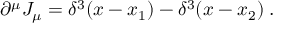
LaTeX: \partial ^ { \mu } J _ { \mu } = \delta ^ { 3 } ( x - x _ { 1 } ) - \delta ^ { 3 } ( x - x _ { 2 } ) \; .